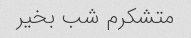
متشکرم شب بخیر